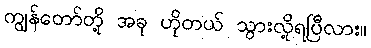
ကျွန်တော်တို့ အခု ဟိုတယ် သွားလို့ရပြီလား။